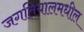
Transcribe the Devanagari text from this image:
जगतियालमधील